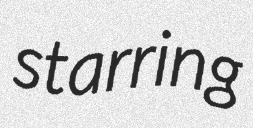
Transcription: starring